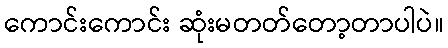
ကောင်းကောင်း ဆုံးမတတ်တော့တာပါပဲ။